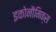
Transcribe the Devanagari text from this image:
इकोनौमिक्स